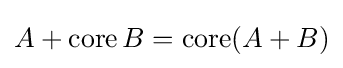
A+\operatorname {core} B=\operatorname {core} (A+B)